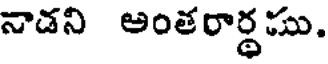
నాడని అంతరార్థము.